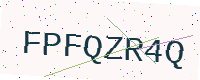
Text: FPFQZR4Q